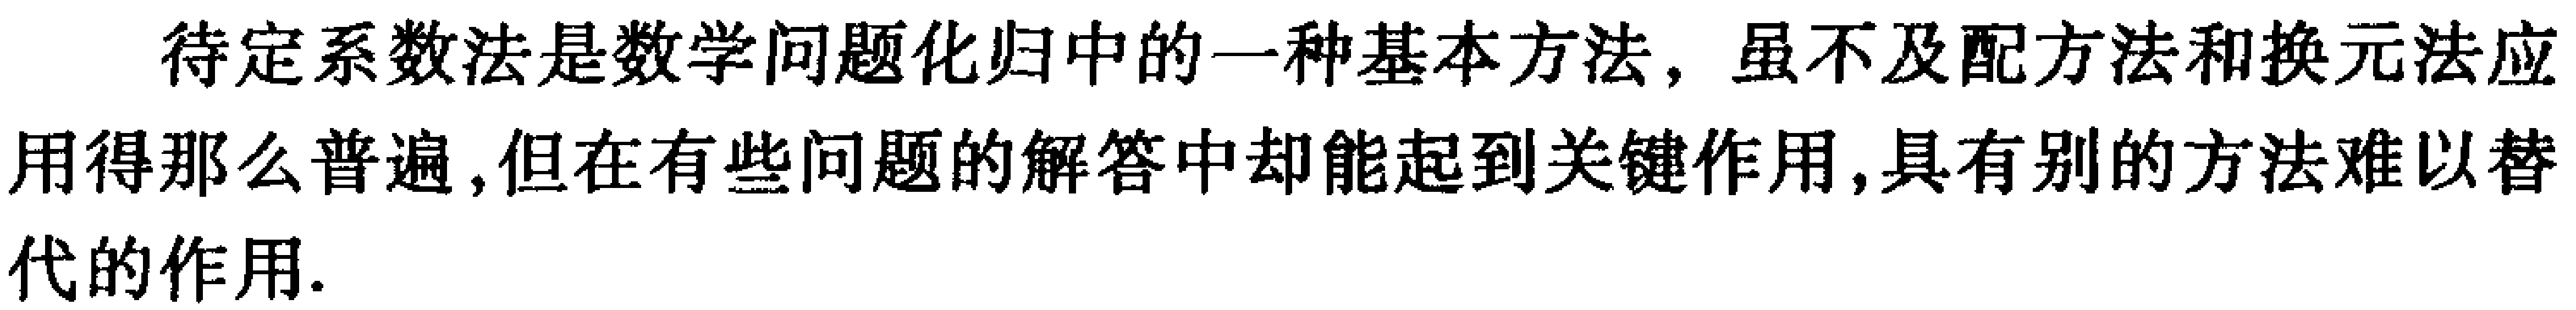
待定系数法是数学问题化归中的一种基本方法，虽不及配方法和换元法应用得那么普遍，但在有些问题的解答中却能起到关键作用，具有别的方法难以替代的作用.